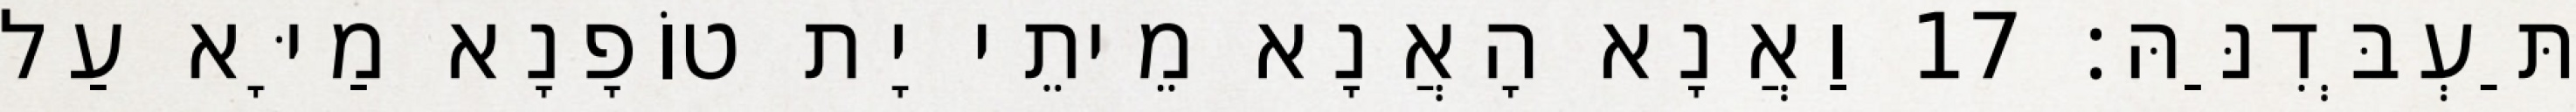
תַּעְבְּדִנַּהּ׃ 17 וַאֲנָא הָאֲנָא מֵיתֵי יָת טוֹפָנָא מַיָּא עַל